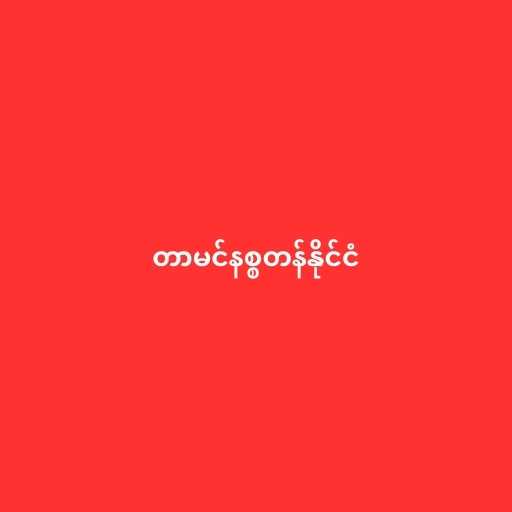
တာမင်နစ္စတန်နိုင်ငံ